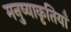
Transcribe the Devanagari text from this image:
मनुष्याकृतियाँ